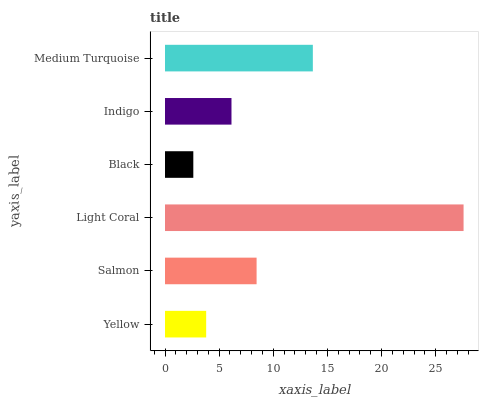
| yaxis_label | bars |
 | --- | --- |
 | Yellow | 3.8 |
 | Salmon | 8.46 |
 | Light Coral | 27.6 |
 | Black | 2.62 |
 | Indigo | 6.14 |
 | Medium Turquoise | 13.7 |